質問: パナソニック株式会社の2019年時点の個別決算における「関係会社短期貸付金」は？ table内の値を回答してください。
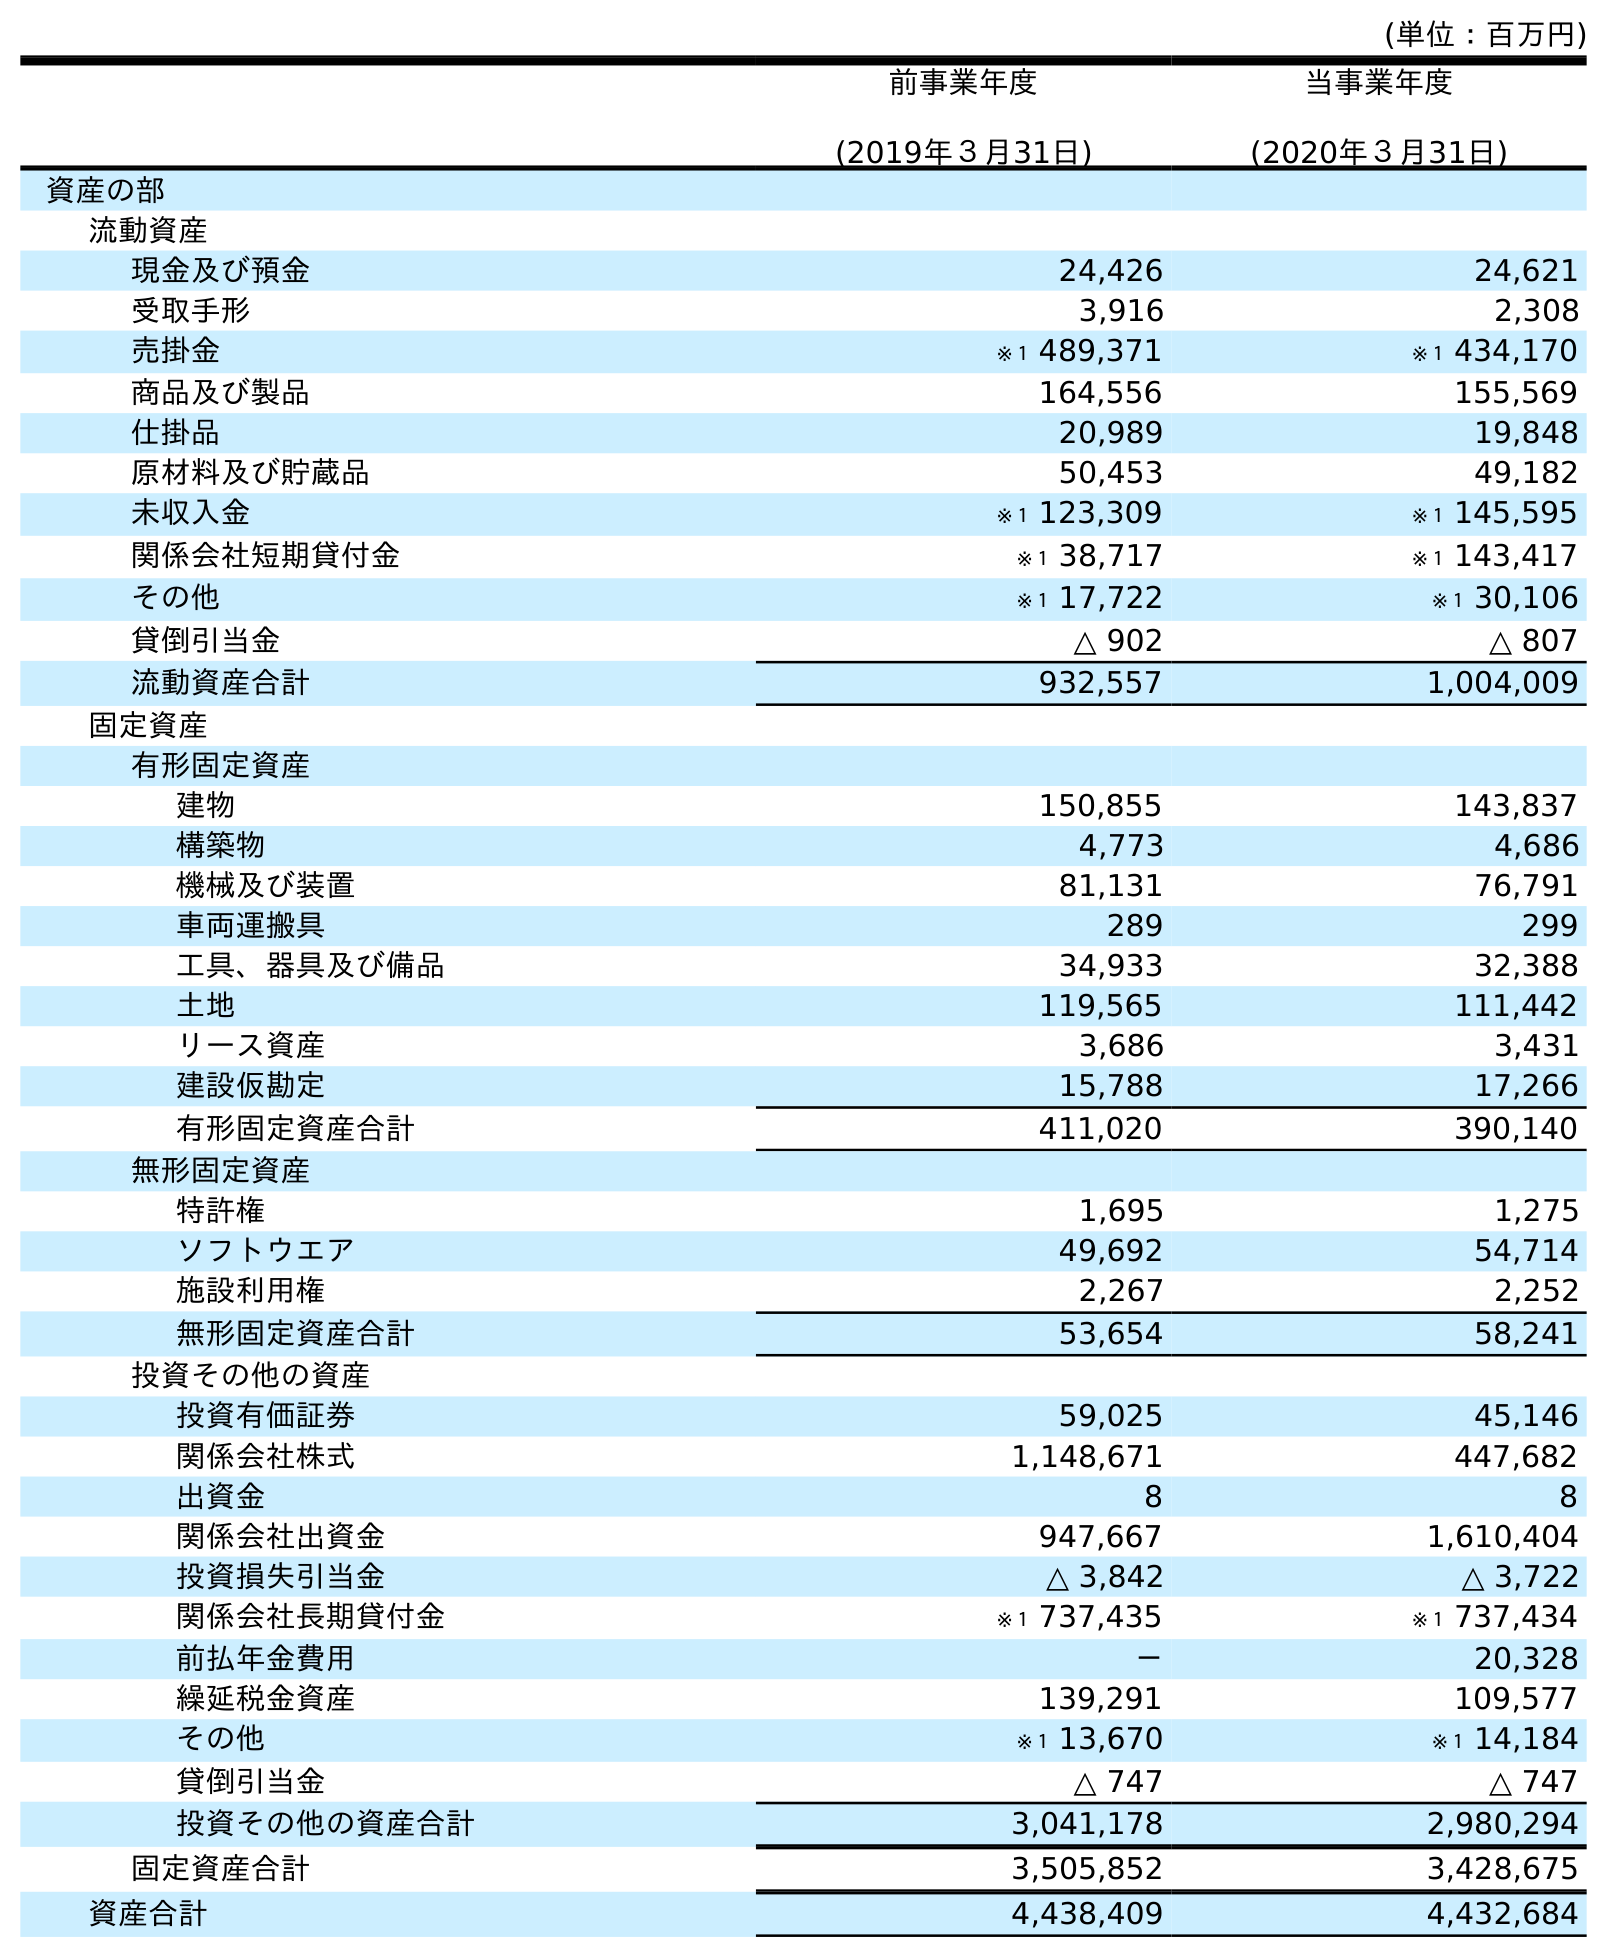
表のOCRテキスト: (単位：百万円) 前事業年度 (2019年３月31日) 当事業年度 (2020年３月31日) 資産の部 流動資産 現金及び預金 24,426 24,621 受取手形 3,916 2,308 売掛金 ※１ 489,371 ※１ 434,170 商品及び製品 164,556 155,569 仕掛品 20,989 19,848 原材料及び貯蔵品 50,453 49,182 未収入金 ※１ 123,309 ※１ 145,595 関係会社短期貸付金 ※１ 38,717 ※１ 143,417 その他 ※１ 17,722 ※１ 30,106 貸倒引当金 △ 902 △ 807 流動資産合計 932,557 1,004,009 固定資産 有形固定資産 建物 150,855 143,837 構築物 4,773 4,686 機械及び装置 81,131 76,791 車両運搬具 289 299 工具、器具及び備品 34,933 32,388 土地 119,565 111,442 リース資産 3,686 3,431 建設仮勘定 15,788 17,266 有形固定資産合計 411,020 390,140 無形固定資産 特許権 1,695 1,275 ソフトウエア 49,692 54,714 施設利用権 2,267 2,252 無形固定資産合計 53,654 58,241 投資その他の資産 投資有価証券 59,025 45,146 関係会社株式 1,148,671 447,682 出資金 8 8 関係会社出資金 947,667 1,610,404 投資損失引当金 △ 3,842 △ 3,722 関係会社長期貸付金 ※１ 737,435 ※１ 737,434 前払年金費用 － 20,328 繰延税金資産 139,291 109,577 その他 ※１ 13,670 ※１ 14,184 貸倒引当金 △ 747 △ 747 投資その他の資産合計 3,041,178 2,980,294 固定資産合計 3,505,852 3,428,675 資産合計 4,438,409 4,432,684
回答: ※１38,717